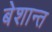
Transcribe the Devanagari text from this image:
बेशान्त